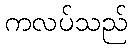
ကလပ်သည်